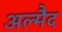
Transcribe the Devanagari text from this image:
अल्मैद